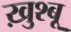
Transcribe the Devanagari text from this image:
ख़ुश्बू